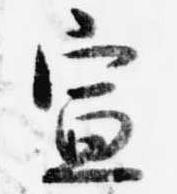
宣